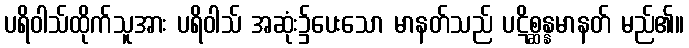
ပရိဝါသ်ထိုက်သူအား ပရိဝါသ် အဆုံး၌ပေးသော မာနတ်သည် ပဋိစ္ဆန္နမာနတ် မည်၏။